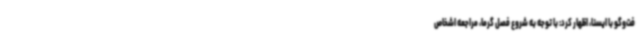
فت‌وگو با ایسنا، اظهار کرد: با توجه به شروع فصل گرما، مراجعه اشخاص